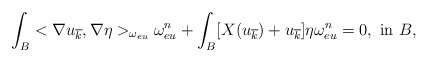
\begin{align*}\int_B <\nabla u_{\overline k}, \nabla\eta>_{\omega_{eu}} \omega_{eu}^n +\int_B [ X(u_{\overline k})+u_{\overline k}]\eta\omega_{eu}^n =0,~ {\rm in }~ B,\end{align*}